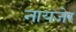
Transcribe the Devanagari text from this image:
नायजेर